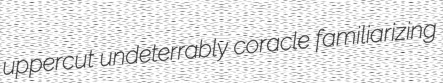
uppercut undeterrably coracle familiarizing